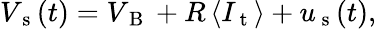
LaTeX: V_{\mathrm{~s~}}(t)=V_{\mathrm{~B~}}+R\, \langle I_{\mathrm{~t~}}\rangle+u_{\mathrm{~s~}}(t),